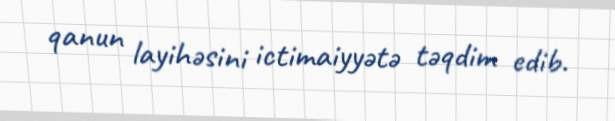
qanun layihəsini ictimaiyyətə təqdim edib.